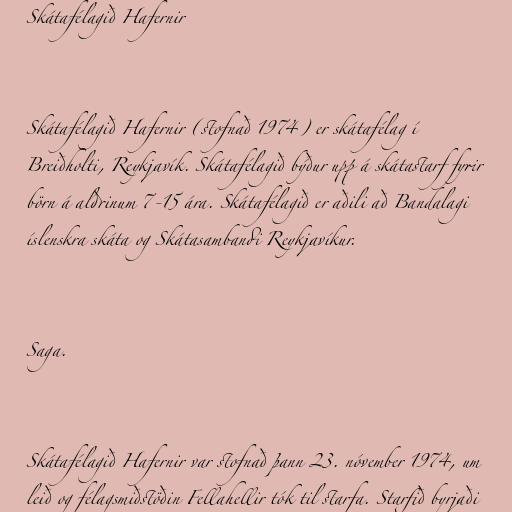
Skátafélagið Hafernir

Skátafélagið Hafernir (stofnað 1974) er skátafélag í
Breiðholti, Reykjavík. Skátafélagið býður upp á skátastarf fyrir
börn á aldrinum 7-15 ára. Skátafélagið er aðili að Bandalagi
íslenskra skáta og Skátasambandi Reykjavíkur.

Saga.

Skátafélagið Hafernir var stofnað þann 23. nóvember 1974, um
leið og félagsmiðstöðin Fellahellir tók til starfa. Starfið byrjaði